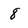
Character: 8